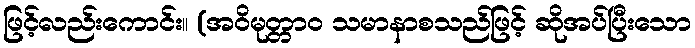
ဖြင့်လည်းကောင်း။ (အဝိမုတ္တာဝ သမာနာစသည်ဖြင့် ဆိုအပ်ပြီးသော